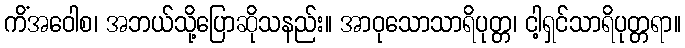
ကိံအဝေါစ၊ အဘယ်သို့ပြောဆိုသနည်း။ အာဝုသောသာရိပုတ္တ၊ ငါ့ရှင်သာရိပုတ္တရာ။